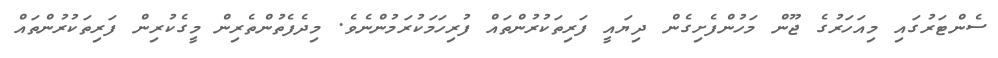
ސެންޓަރުގައި މިއަހަރުގެ ޖޫން މަހުންފެށިގެން ދިޔައީ ފަރިތަކުރުންތައް ފުރިހަމަކުރަމުންނެވެ. މިދެފެތުންތެރިން މީގެކުރިން ފަރިތަކުރުންތައް